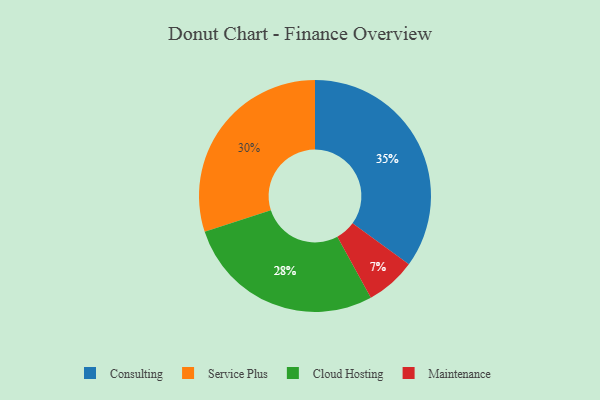
{"axis": {"x": "Category", "y": "Percentage"}, "legend": ["Cloud Hosting", "Consulting", "Maintenance", "Service Plus"], "data": [{"x": "Service Plus", "y": 30, "type": "Service Plus"}, {"x": "Maintenance", "y": 7, "type": "Maintenance"}, {"x": "Consulting", "y": 35, "type": "Consulting"}, {"x": "Cloud Hosting", "y": 28, "type": "Cloud Hosting"}]}